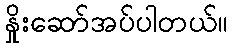
နှိုးဆော်အပ်ပါတယ်။